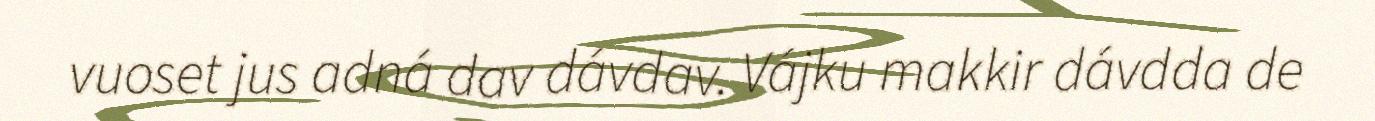
vuoset jus adná dav dávdav. Vájku makkir dávdda de